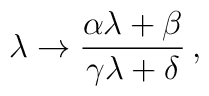
\lambda \to \frac{\alpha \lambda + \beta}{\gamma\lambda + \delta} \,,